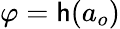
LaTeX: \varphi=\mathsf{h}(a_{o})